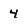
Character: 4